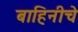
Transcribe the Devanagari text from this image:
बाहिनीचे